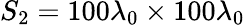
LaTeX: S_{2}=100\lambda_{0}\times 100\lambda_{0}